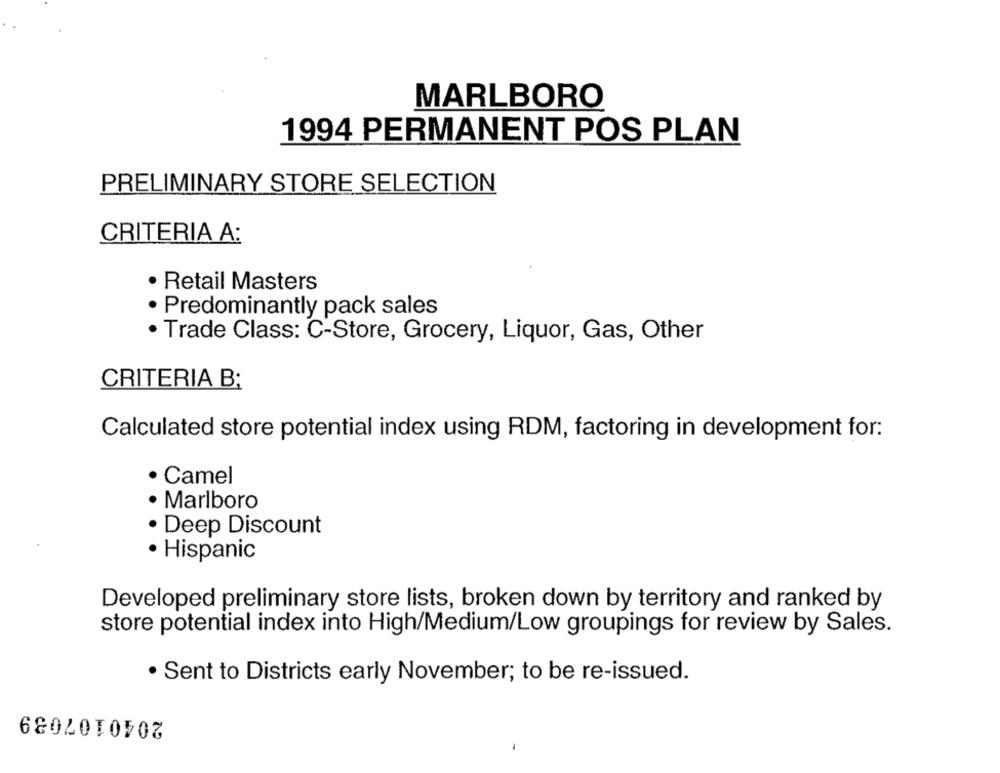
MARLBORO
1994 PERMANENT POS PLAN
PRELIMINARY STORE SELECTION
CRITERIA A:
· Retail Masters
· Predominantly pack sales
· Trade Class: C-Store, Grocery, Liquor, Gas, Other
CRITERIA B;
Calculated store potential index using RDM, factoring in development for:
· Camel
· Marlboro
· Deep Discount
· Hispanic
Developed preliminary store lists, broken down by territory and ranked by
store potential index into High/Medium/Low groupings for review by Sales.
· Sent to Districts early November; to be re-issued.
2040107039